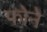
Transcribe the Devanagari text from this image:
फोने